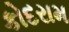
કોદરામ